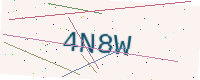
Text: 4N8W